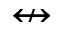
\nleftrightarrow